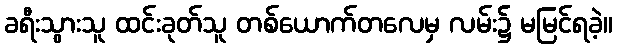
ခရီးသွားသူ ထင်းခုတ်သူ တစ်ယောက်တလေမှ လမ်း၌ မမြင်ရခဲ့။